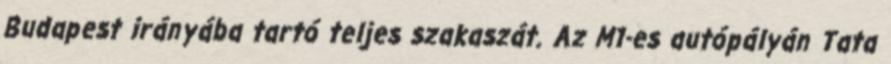
Budapest irányába tartó teljes szakaszát. Az M1-es autópályán Tata